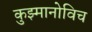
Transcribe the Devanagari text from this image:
कुझ्मानोविच